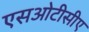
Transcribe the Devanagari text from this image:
एसओटीसीए